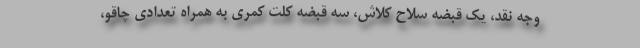
وجه نقد، یک قبضه سلاح کلاش، سه قبضه کلت کمری به همراه تعدادی چاقو،